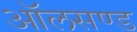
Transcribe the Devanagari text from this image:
ऑलसण्ड